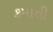
કમાતી